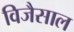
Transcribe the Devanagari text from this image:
विजैसाल